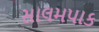
સાલમપાક